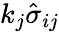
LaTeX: k_{j}\hat{\sigma}_{ij}